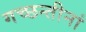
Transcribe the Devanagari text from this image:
गच्छन्तीनां